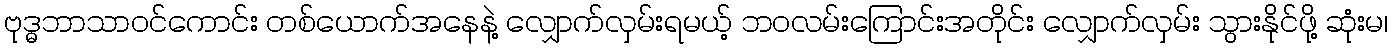
ဗုဒ္ဓဘာသာဝင်ကောင်း တစ်ယောက်အနေနဲ့ လျှောက်လှမ်းရမယ့် ဘဝလမ်းကြောင်းအတိုင်း လျှောက်လှမ်း သွားနိုင်ဖို့ ဆုံးမ၊